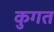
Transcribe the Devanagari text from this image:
कुगत